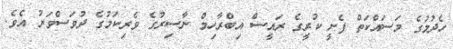
ހެދުމުގެ މަސައްކަތް ފެށީ ކުރީގެ ރައީސް އިބްރާހިމް ނާސިރުގެ ވެރިކަމުގެ ދުވަސްވަރު އެވެ.